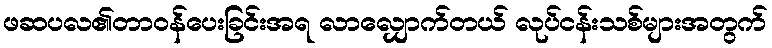
ဖဆပလ၏တာဝန်ပေးခြင်းအရ လာလျှောက်တယ် လုပ်ငန်းသစ်များအတွက်